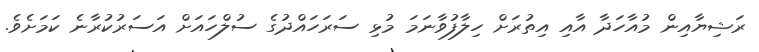
ރަޝިޔާއިން މުއާހަދާ އާއި އިތުރަށް ހިލާފުވާނަމަ މުޅި ސަރަހައްދުގެ ސުލްހައަށް އަސަރުކުރާނެ ކަމަށެވެ.